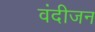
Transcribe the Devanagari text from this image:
वंदीजन